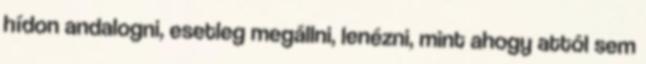
hídon andalogni, esetleg megállni, lenézni, mint ahogy attól sem